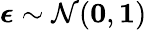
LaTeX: \mathbf{\boldsymbol{\epsilon}}\sim\mathcal{N}(\mathbf{\boldsymbol{0}},\mathbf{\boldsymbol{1}})